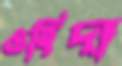
ওহিদা